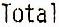
TOTAL